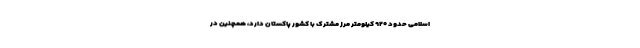
اسلامی حدود ۹۲۰ کیلومتر مرز مشترک با کشور پاکستان دارد، همچنین در